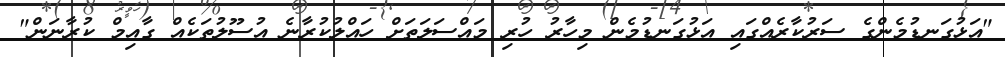
"އަޅުގަނޑުމެންގެ ސަރުކާރެއްގައި އަޅުގަނޑުމެން މިހާރު ހުރި މައްސަލަތަށް ހައްލުކުރާނެ އުސޫލުތަކެއް ގާއިމް ކުރާނަން"